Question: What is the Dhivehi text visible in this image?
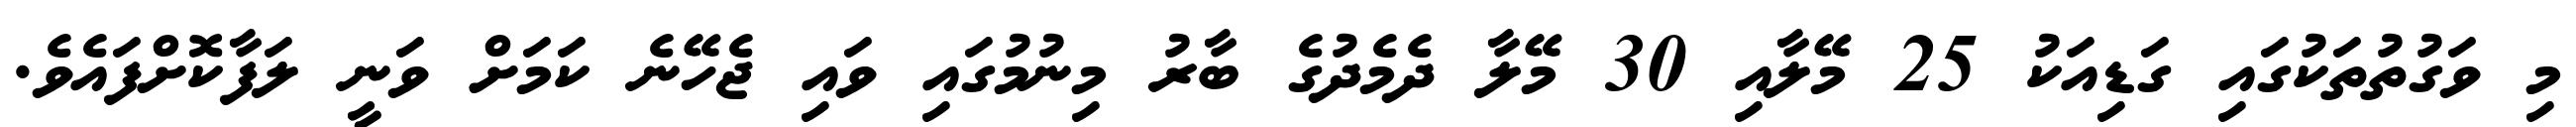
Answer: މި ވަގުތުތަކުގައި ގަޑިއަކު 25 މޭލާއި 30 މޭލާ ދެމެދުގެ ބާރު މިނުމުގައި ވައި ޖެހޭނެ ކަމަށް ވަނީ ލަފާކޮށްފައެވެ.